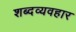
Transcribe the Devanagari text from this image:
शब्दव्यवहार